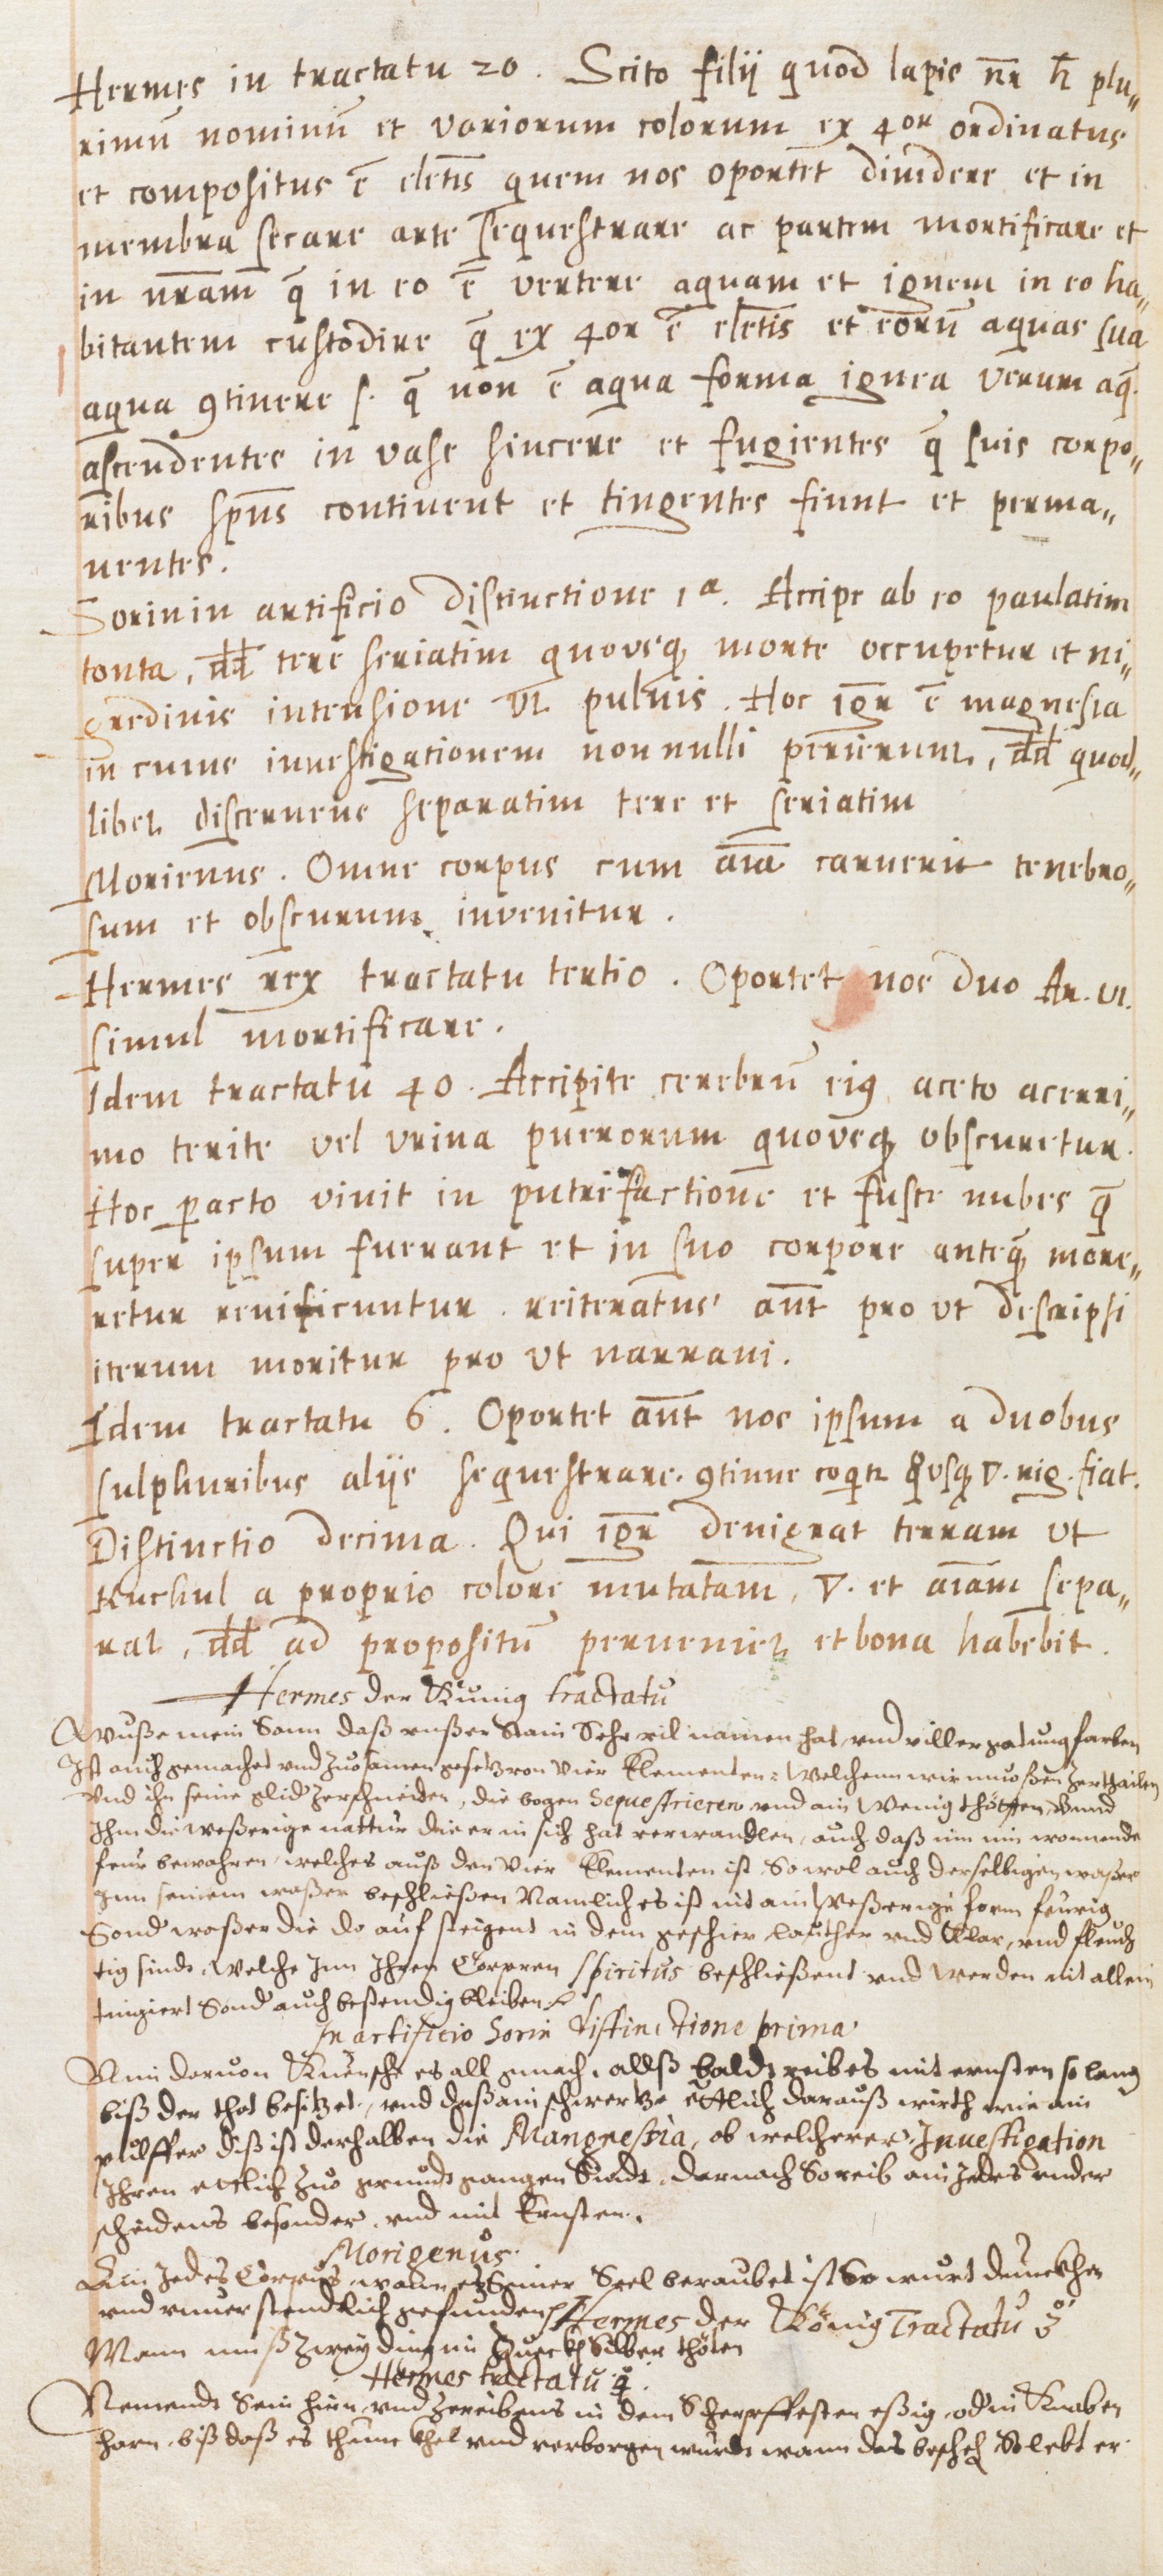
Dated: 1593–1593